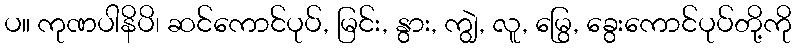
ပ။ ကုဏပါနိပိ၊ ဆင်ကောင်ပုပ်, မြင်း, နွား, ကျွဲ, လူ, မြွေ, ခွေးကောင်ပုပ်တို့ကို